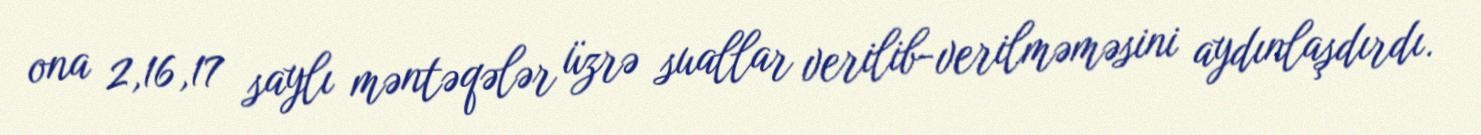
ona 2,16,17 saylı məntəqələr üzrə suallar verilib-verilməməsini aydınlaşdırdı.